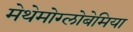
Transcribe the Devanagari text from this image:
मेथेमोग्लोबेमिया